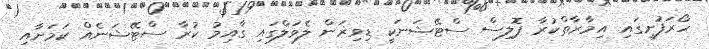
ހޯރަފުށީގައި އިމާރާތްކުރާ ޕޮލިސް ސްޓޭޝަނަކީ ޑިވިޜަން ލެވަލްގައި ގާއިމު ކުރާ ސްޓޭޝަނެއް ކަމަށާއި